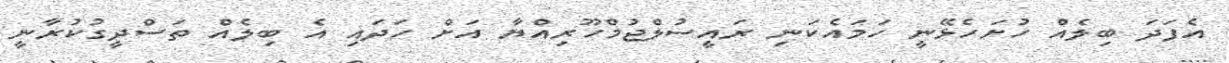
އެފަދަ ބިލެއް ހުށަހެޅޭނީ ހަމައެކަނި ރައީސުލްޖުމްހޫރިއްޔާ އަށް ހަދައި އެ ބިލެއް ތަސްދީގުކުރާނީ